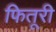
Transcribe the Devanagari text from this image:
फितूरी